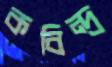
কবিন্দ্র